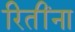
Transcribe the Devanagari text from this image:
रितींना